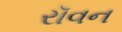
રૉવન